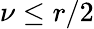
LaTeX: \nu\leq r/2